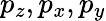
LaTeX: p_{z},p_{x},p_{y}